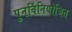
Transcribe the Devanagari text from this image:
पुनर्विनियोजित